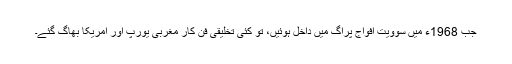
جب 1968ء میں سوویت افواج پراگ میں داخل ہوئیں، تو کئی تخلیقی فن کار مغربی یورپ اور امریکا بھاگ گئے۔